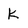
Character: K